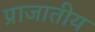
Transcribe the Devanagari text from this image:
प्राजातीय